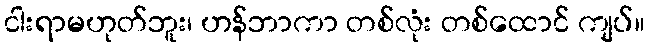
ငါးရာမဟုတ်ဘူး၊ ဟန်ဘာကာ တစ်လုံး တစ်ထောင် ကျပ်။